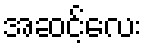
အဆင့်လေး